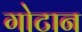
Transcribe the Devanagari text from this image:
गोटान